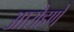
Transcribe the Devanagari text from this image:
आरोहणे